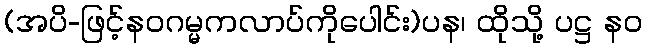
(အပိ-ဖြင့်နဝဂမ္မကလာပ်ကိုပေါင်း)ပန၊ ထိုသို့ ပဋ္ဌ နဝ